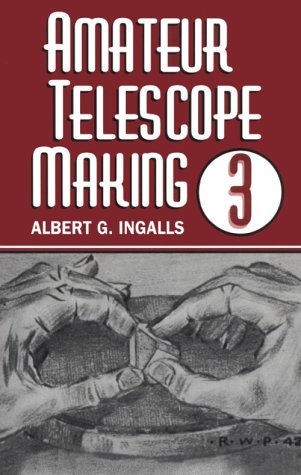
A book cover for Amateur Telescope Making (Vol. 3); Science & Math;